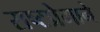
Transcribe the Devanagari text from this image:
राष्टप्रेमाने